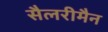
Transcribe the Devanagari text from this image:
सैलरीमैन